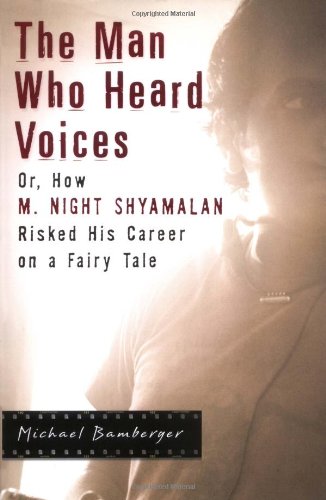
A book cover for The Man Who Heard Voices: Or, How M. Night Shyamalan Risked His Career on a Fairy Tale; Michael Bamberger; Humor & Entertainment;